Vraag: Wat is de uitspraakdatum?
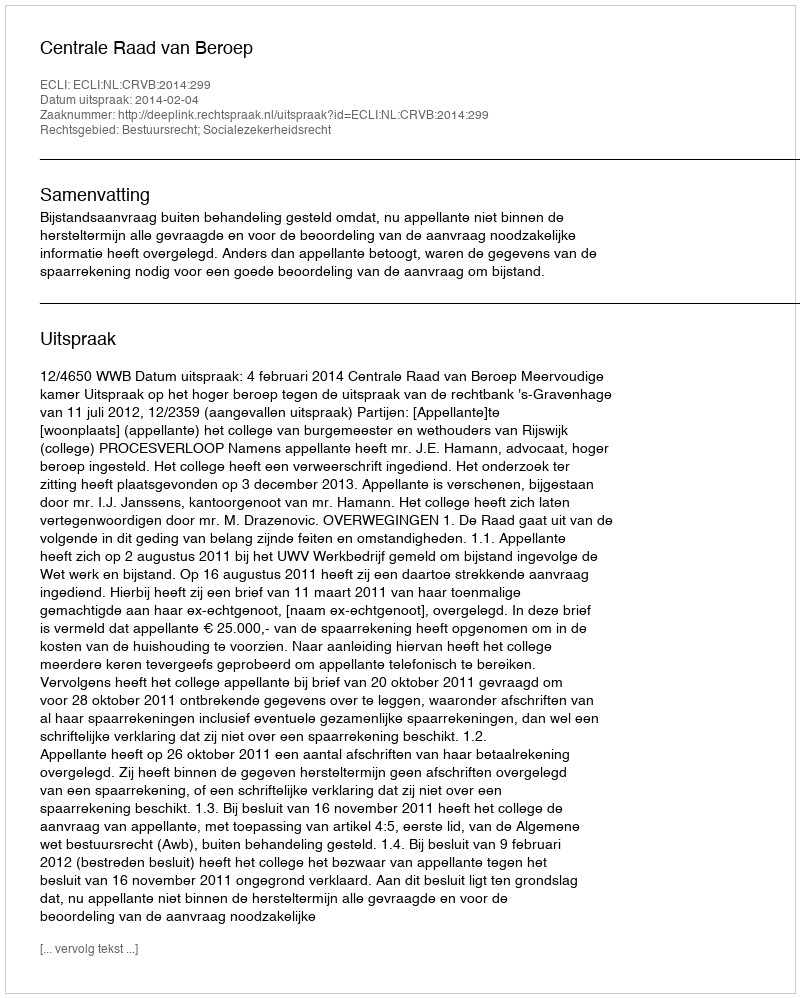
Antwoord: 2014-02-04